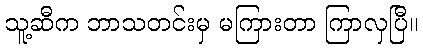
သူ့ဆီက ဘာသတင်းမှ မကြားတာ ကြာလှပြီ။